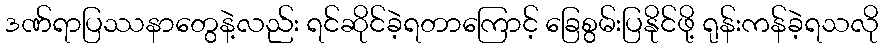
ဒဏ်ရာပြဿနာတွေနဲ့လည်း ရင်ဆိုင်ခဲ့ရတာကြောင့် ခြေစွမ်းပြနိုင်ဖို့ ရုန်းကန်ခဲ့ရသလို